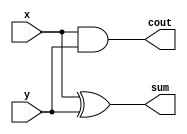
module halfAdder(x, y, sum, cout);
	input x, y;
	output sum, cout;
	and(cout, x, y);
	xor(sum, x, y);
endmodule

module test_bench_halfAdder();
	reg x1, y1;
	wire cout1, sum1;
	halfAdder half1(.x(x1), .y(y1), .sum(sum1), .cout(cout1));
	initial begin
		$monitor("x=%b, y=%b => sum=%b, cout=%b ", x1, y1, sum1, cout1);
		x1 = 1'b0; y1 = 1'b0;
		#10
		x1 = 1'b1; y1 = 1'b0;
		#10
		x1 = 1'b0; y1 = 1'b1;
		#10
		x1 = 1'b1; y1 = 1'b1;
	end 
endmodule